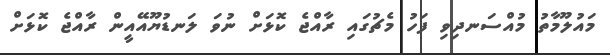
މައުލޫމާތު މުއްސަނދިވި ފަހު މެޗުގައި ރާއްޖެ ކޮޅަށް ނުވަ ލަނޑުޔޫއޭއީން ރާއްޖެ ކޮޅަށް